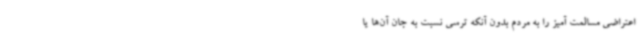
اعتراضی مسالمت آمیز را به مردم بدون آنکه ترسی نسبت به جان آن‌ها یا